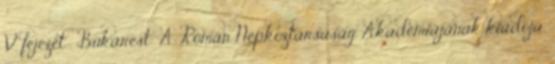
V. fejezet . Bukarest: A Román Népköztársaság Akadémiájának kiadója,